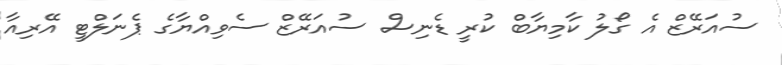
ސުއަރޭޒް އެ ގޯލު ކާމިޔާބް ކުރީ ޑެނިސް ސުއަރޭޒް ސެވިއްޔާގެ ޕެނަލްޓީ އޭރިއާ